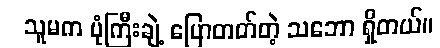
သူမက ပုံကြီးချဲ့ ပြောတတ်တဲ့ သဘော ရှိတယ်။